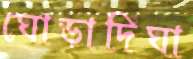
ঘোড়াদিঘা